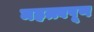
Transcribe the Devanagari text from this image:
महत्त्वपूण